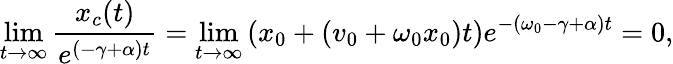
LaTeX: \operatorname*{lim}_{t\to\infty}\frac{x_{c}(t)}{e^{(-\gamma+\alpha)t}}=\operatorname*{lim}_{t\to\infty}\left(x_{0}+\left(v_{0}+\omega_{0}x_{0}\right)t\right)e^{-(\omega_{0}-\gamma+\alpha)t}=0,